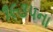
૧૯૩૫ના